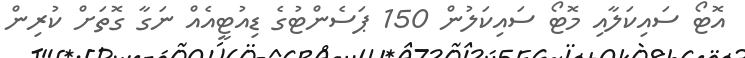
އޮޓޯ ސައިކަލާއި މޮޓޯ ސައިކަލުން 150 ޕަސެންޓުގެ ޑިއުޓީއެއް ނަގާ ގޮތަށް ކުރިން